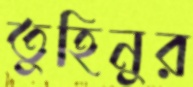
তুহিনুর